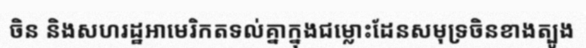
ចិន និងសហរដ្ឋអាមេរិកតទល់គ្នាក្នុងជម្លោះដែនសមុទ្រចិនខាងត្បូង